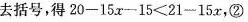
去括号，得20-15x-15<21-15x，②